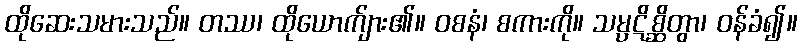
ထိုဆေးသမားသည်။ တဿ၊ ထိုယောက်ျား၏။ ဝစနံ၊ စကားကို။ သမ္ပဋိစ္ဆိတွာ၊ ဝန်ခံ၍။